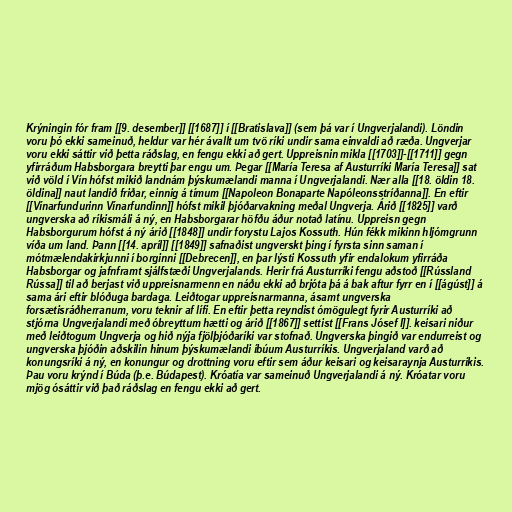
Krýningin fór fram [[9. desember]] [[1687]] í [[Bratislava]] (sem þá var í Ungverjalandi). Löndin
voru þó ekki sameinuð, heldur var hér ávallt um tvö ríki undir sama einvaldi að ræða. Ungverjar
voru ekki sáttir við þetta ráðslag, en fengu ekki að gert. Uppreisnin mikla [[1703]]-[[1711]] gegn
yfirráðum Habsborgara breytti þar engu um. Þegar [[María Teresa af Austurríki María Teresa]] sat
við völd í Vín hófst mikið landnám þýskumælandi manna í Ungverjalandi. Nær alla [[18. öldin 18.
öldina]] naut landið friðar, einnig á tímum [[Napoleon Bonaparte Napóleonsstríðanna]]. En eftir
[[Vínarfundurinn Vínarfundinn]] hófst mikil þjóðarvakning meðal Ungverja. Árið [[1825]] varð
ungverska að ríkismáli á ný, en Habsborgarar höfðu áður notað latínu. Uppreisn gegn
Habsborgurum hófst á ný árið [[1848]] undir forystu Lajos Kossuth. Hún fékk mikinn hljómgrunn
víða um land. Þann [[14. apríl]] [[1849]] safnaðist ungverskt þing í fyrsta sinn saman í
mótmælendakirkjunni í borginni [[Debrecen]], en þar lýsti Kossuth yfir endalokum yfirráða
Habsborgar og jafnframt sjálfstæði Ungverjalands. Herir frá Austurríki fengu aðstoð [[Rússland
Rússa]] til að berjast við uppreisnarmenn en náðu ekki að brjóta þá á bak aftur fyrr en í [[ágúst]] á
sama ári eftir blóðuga bardaga. Leiðtogar uppreisnarmanna, ásamt ungverska
forsætisráðherranum, voru teknir af lífi. En eftir þetta reyndist ómögulegt fyrir Austurríki að
stjórna Ungverjalandi með óbreyttum hætti og árið [[1867]] settist [[Frans Jósef I]]. keisari niður
með leiðtogum Ungverja og hið nýja fjölþjóðaríki var stofnað. Ungverska þingið var endurreist og
ungverska þjóðin aðskilin hinum þýskumælandi íbúum Austurríkis. Ungverjaland varð að
konungsríki á ný, en konungur og drottning voru eftir sem áður keisari og keisaraynja Austurríkis.
Þau voru krýnd í Búda (þ.e. Búdapest). Króatía var sameinuð Ungverjalandi á ný. Króatar voru
mjög ósáttir við það ráðslag en fengu ekki að gert.